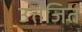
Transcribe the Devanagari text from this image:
उत्तजित